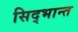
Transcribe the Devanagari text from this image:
सिद्भान्त